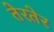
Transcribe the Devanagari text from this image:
तेरतेर